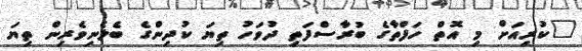
"ކުރިއަށް މި އޮތް ހަފްތާގެ ބުރާސްފަތި ދުވަހު ތިޔަ ކުދިންގެ ބެލެނިވެރިން ތިޔަ